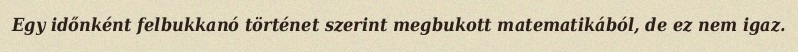
Egy időnként felbukkanó történet szerint megbukott matematikából, de ez nem igaz.